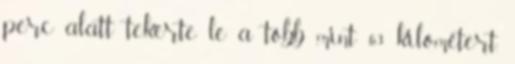
perc alatt tekerte le a több mint 63 kilométert.